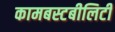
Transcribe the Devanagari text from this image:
कामबस्टबीलिटी